Leaving Certificate, 1898
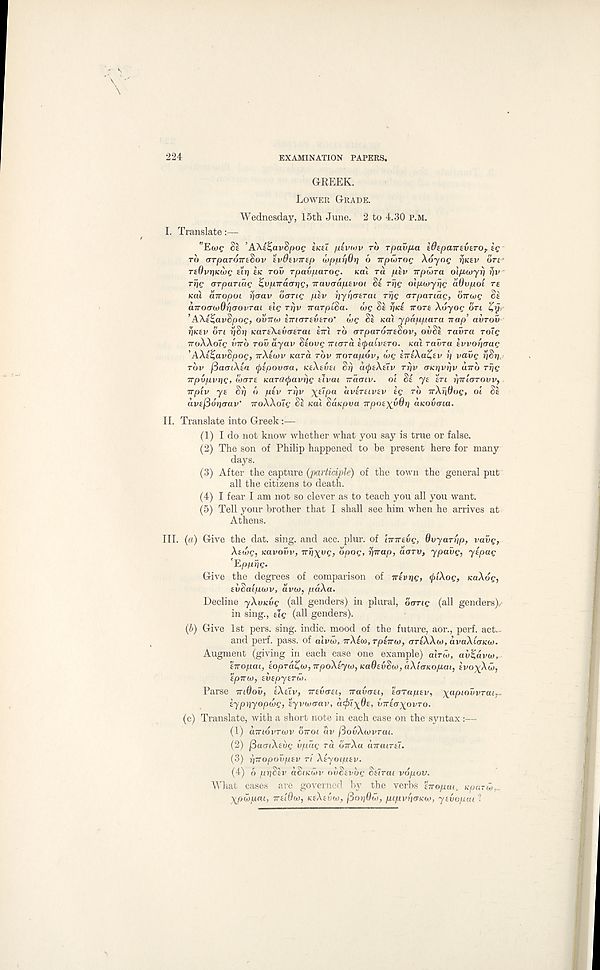
224
EXAMINATION PAPERS.
GREEK.
LOWER GRADE.
Wednesday, 15th June. 2 to 4.30 P.M.
I. Translate:—
"Ewe
’A\i^avSpog £K£t piviov TO rpav/x,a £0£pair£V£ror ig
TO OTpaTOTreSov £v0£VTT£p wp/ur/Ori 6 TTjowroe Xdyoe msv OTL*
r£0vr}Kwe £tJ} SK TOV Tpavparog. nal TU plv irpu>Ta olpiwyrj 7jv
TTIQ arpaTiag Zvp.ira<Tr)g, navaap.£voi Si Trig olpivyrjg adv/uol TE
KOI airopoL rioav oong plv r\yi]<T£Tai Trig aTpariag, oirwg SE
anocrwOricrovrai rig rrjv TrarpiSa. we St rjici TTOTE Xdyoe d r t
AXtfZavSpog, obiuo ETTIOTEVETO’ we St KCU ypappara nap avrov
riKEV OTl T)Sr} KaTE\EV(TETai £7ri TO (TTpaTOTTESoV, ovSl Tavra Toig
TroXXoie iWo TOV ayav Siovg Trtora t^aivtro. KUI Taura Evvoriaug
’AXriZavSpog, TTXIWV Kara rdv norapov, we tTrtXa^tv »/ vavg r}S»j.
TOV jSaa-tXta (pipovaa, KEXEVEI SI) a^tXav Trjv oicrivriv unb Ttjg
npvpvrig, wort KaTarjmvbg tJvai naaiv. oi Si yt trt riniaTOvv,
TTjotv yt Srj d piv Trjv \ripa aviTtivEV ig TO nXridog, oi St
avtj3dr}(rav’ TroXXoie St Kai SaKpva npoE^yOri aKOvma.
II. Translate into Greek
(1) I do not know whether what you say is true or false.
(2) The son of Philip happened to be present here for many
days.
(3) After the capture (participle) of the town the general put
all the citizens to death.
(4) I fear I am not so clever as to teach you all you want.
(5) Tell your brother that I shall see him when he arrives at
Athens.
III. (a) Give the dat. sing, and acc. plur. of Imrevg, Ovyarrip, vavg,
Xtwg, Kavofm, Trij^uc, opog, pnap, aoTV, ypavg, yipag
'EpjuijC*
Give the degrees of comparison of nivrig, (piXog, icaXog,
EvSaipwv, avw, paXa.
Decline yXvavg (all genders) in plural, bang (all genders),/
in sing., tie (all genders).
(b) Give 1st pers. sing, indie, mood of the future, aor., perf. act...
and perf. pass, of aivw, TrXtw.rptTrw, artXXw, avaXtarKw.
Augment (giving in each case one example) atrw, av^avw,
Enopai, EopTa.Z> w,npoXiyw,Ka0EvSw,aXiaKopaL, tvo^Xw,
Epmv, tutpytrw.
Parse mQov, EXEXV, TTEVOEI, navaEi, 'iarapEv, xapiovvTair.
typjjyopwc, Eyvrvaav, d^>t^0t, vniayovTo.
(c) Translate, with a short note in each case on the syntax:—
(1) amovTwv bnoi av /SovXwvrat.
(2) fiatriXavg vpag ra bnXa anaiTEi.
(3) r/Tropovpsv TI XiyoipEv.
(4) d priSlv aSiKuiv ovSevog SSITUI vopov.
What cases are governed by the verbs 'inopm, K-parw„
Xpwpai, TTEIOW, KfXtdw, j3ot)6w, pipvr/GKW, ytvopai ;